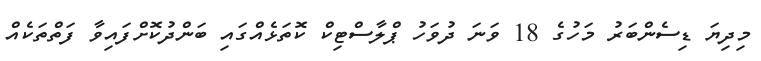
މިދިޔަ ޑިސެންބަރު މަހުގެ 18 ވަނަ ދުވަހު ޕްލާސްޓިކް ކޮތަޅެއްގައި ބަންދުކޮށްފައިވާ ފަތްތަކެއް